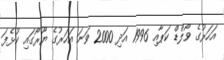
އަހަރުގެ ވޯލްޑް ކަޕާއި 1996 އަދި 2000 ވަނަ އަހަރުގެ ޔޫރޯގައި ކުޅެފަ